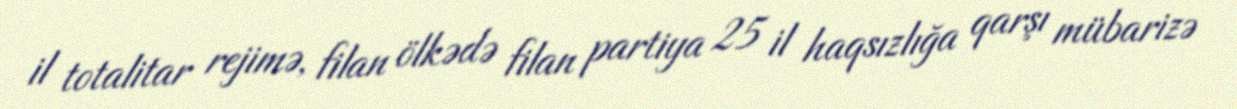
il totalitar rejimə, filan ölkədə filan partiya 25 il haqsızlığa qarşı mübarizə